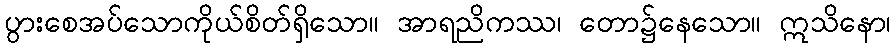
ပွားစေအပ်သောကိုယ်စိတ်ရှိသော။ အာရညိကဿ၊ တော၌နေသော။ ဣသိနော၊